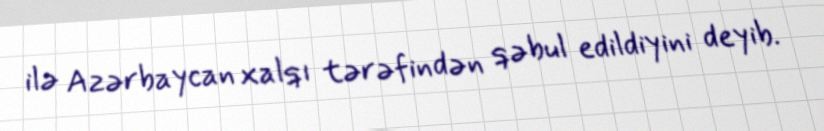
ilə Azərbaycan xalqı tərəfindən qəbul edildiyini deyib.